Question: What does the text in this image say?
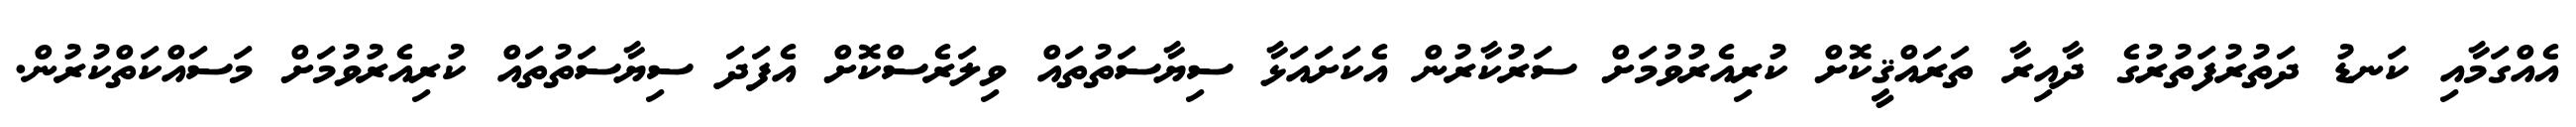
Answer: އެއްގަމާއި ކަނޑު ދަތުރުފަތުރުގެ ދާއިރާ ތަރައްޤީކޮށް ކުރިއެރުވުމަށް ސަރުކާރުން އެކަށައަޅާ ސިޔާސަތުތައް ވިލަރެސްކޮށް އެފަދަ ސިޔާސަތުތައް ކުރިއެރުވުމަށް މަސައްކަތްކުރުން.